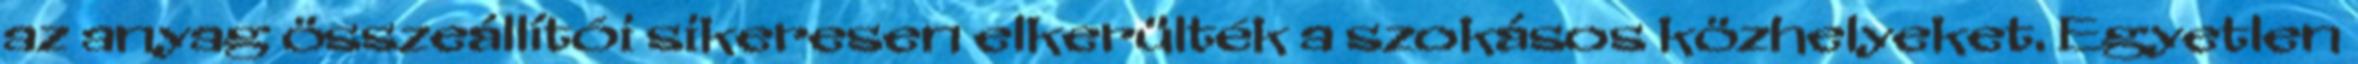
az anyag összeállítói sikeresen elkerülték a szokásos közhelyeket. Egyetlen